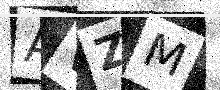
Text: AVZM